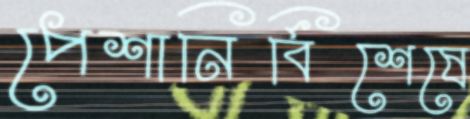
পেশানির্বিশেষে